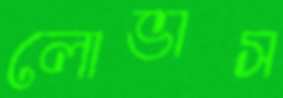
লোভাস